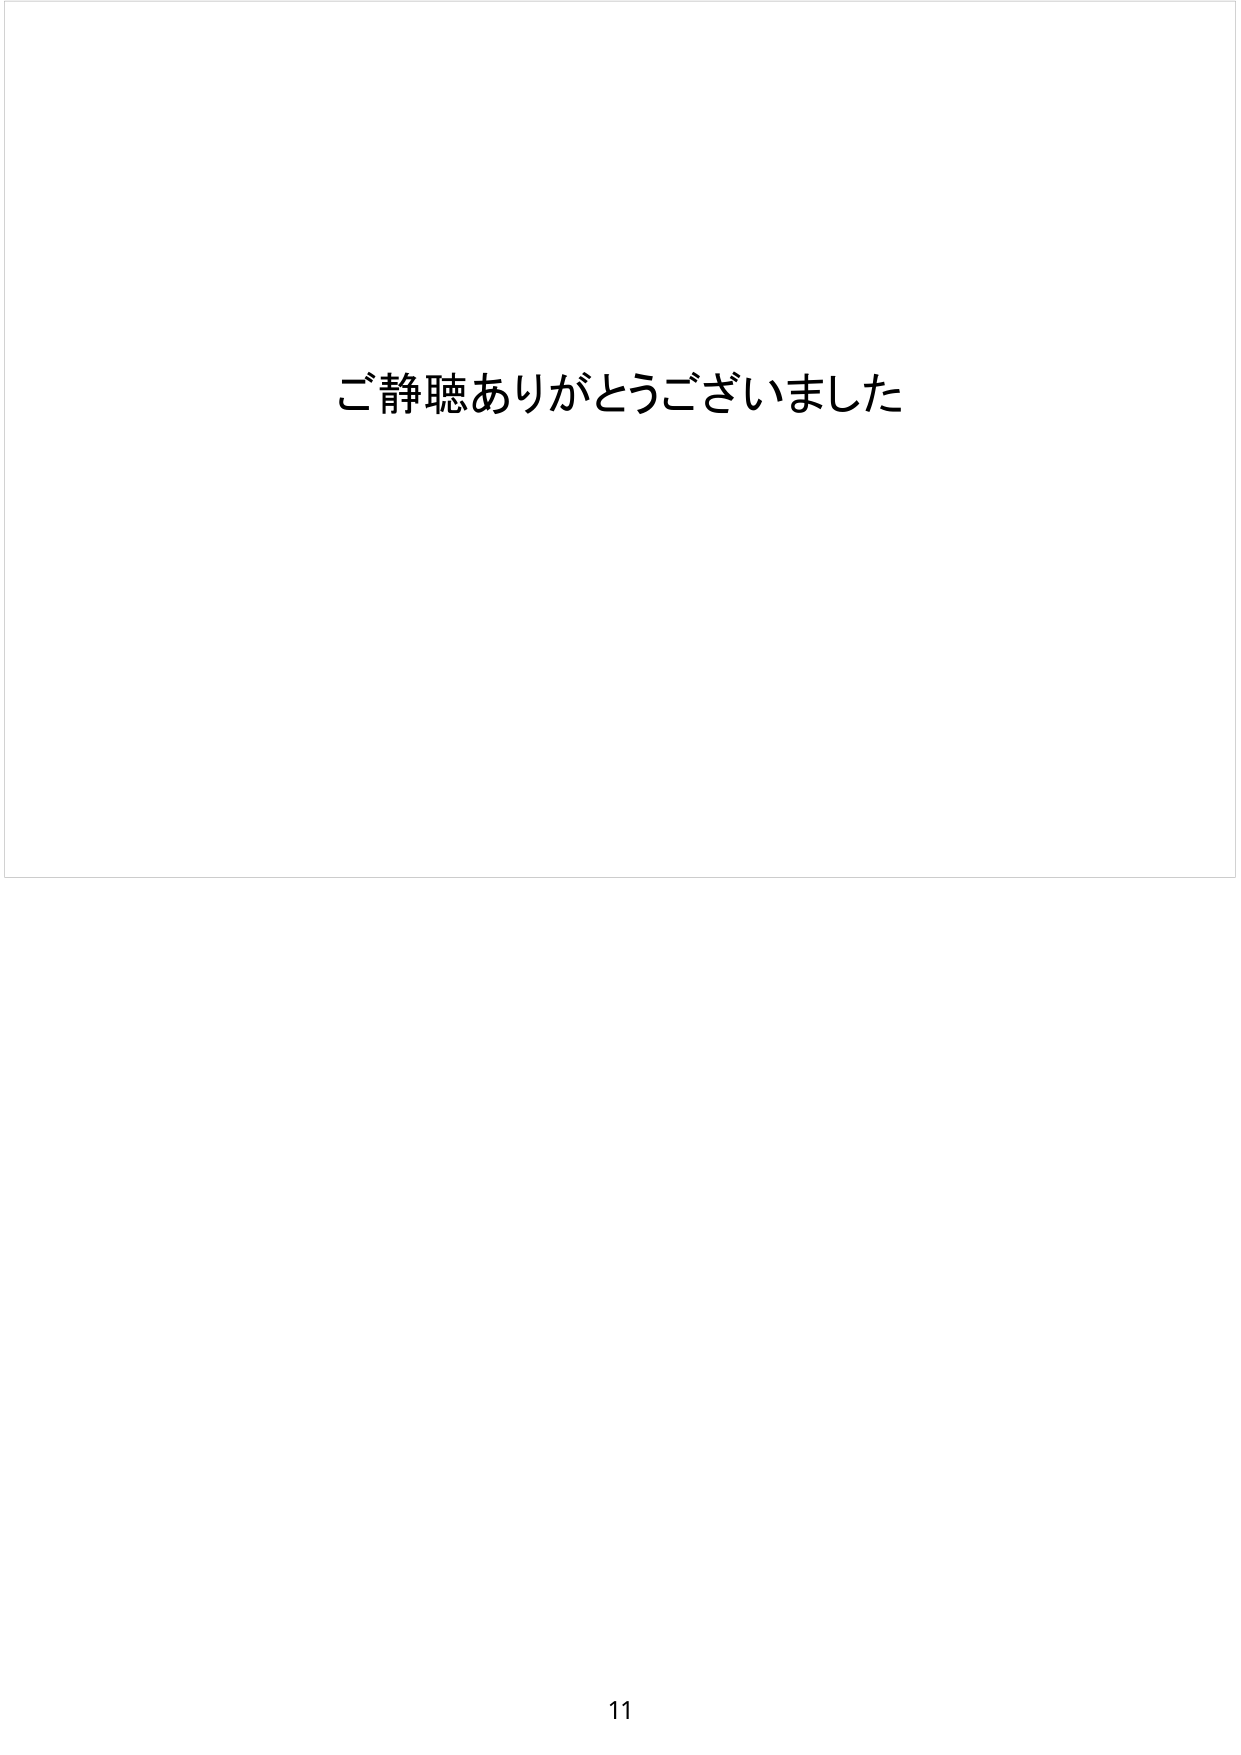
ご静聴ありがとうございました

11